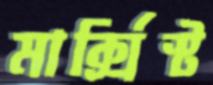
মার্ক্সিস্ট